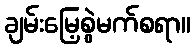
ချမ်းမြေ့စွဲမက်စရာ။